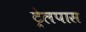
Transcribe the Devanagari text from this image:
ट्रेलपास